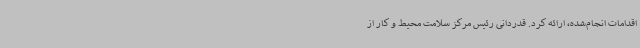
اقدامات انجام‌شده، ارائه کرد. قدردانی رئیس مرکز سلامت محیط و کار از